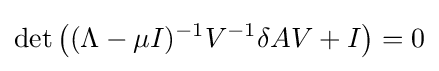
\det \left((\Lambda -\mu I)^{-1}V^{-1}\delta AV+I\right)=0